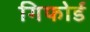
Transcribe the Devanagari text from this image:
गिफोर्ड